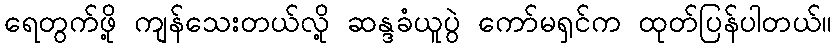
ရေတွက်ဖို့ ကျန်သေးတယ်လို့ ဆန္ဒခံယူပွဲ ကော်မရှင်က ထုတ်ပြန်ပါတယ်။